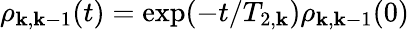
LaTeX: \rho_{\mathbf{k},\mathbf{k}-1}(t)=\exp(-t/T_{2,\mathbf{k}})\rho_{\mathbf{k},\mathbf{k}-1}(0)